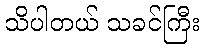
သိပါတယ် သခင်ကြီး